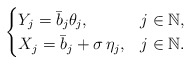
\begin{align*}\begin{cases} Y_j=\bar b_j \theta_j, & j \in \mathbb{N}, \\X_j= \bar b_j +\sigma \, \eta_j, & j \in \mathbb{N}.\end{cases}\end{align*}